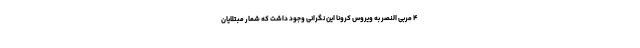
۴ مربی النصر به ویروس کرونا این نگرانی وجود داشت که شمار مبتلایان